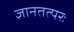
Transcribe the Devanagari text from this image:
ज्ञानतत्परः